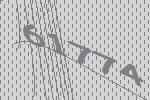
61774